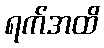
ရက်အထိ